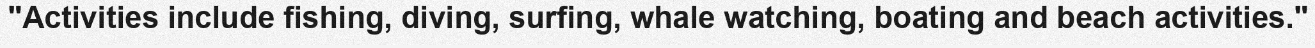
"Activities include fishing, diving, surfing, whale watching, boating and beach activities."